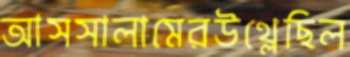
আসসালামেরউথ্‌লেছিল